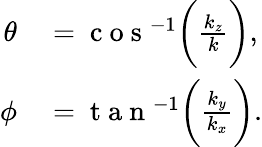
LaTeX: \begin{array}{rl}{\theta}&{{}=\mathrm{~c~o~s~}^{-1}\bigg(\frac{k_{z}}{k}\bigg),}\\ {\phi}&{{}=\mathrm{~t~a~n~}^{-1}\bigg(\frac{k_{y}}{k_{x}}\bigg).}\end{array}